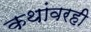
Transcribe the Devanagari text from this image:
कथांवरही